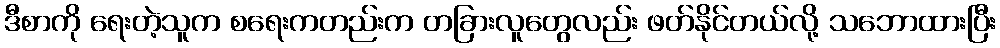
ဒီစာကို ရေးတဲ့သူက စရေးကတည်းက တခြားလူတွေလည်း ဖတ်နိုင်တယ်လို့ သဘောထားပြီး